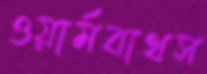
ওয়ার্মবাথস